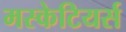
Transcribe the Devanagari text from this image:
मस्केटियर्स